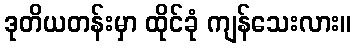
ဒုတိယတန်းမှာ ထိုင်ခုံ ကျန်သေးလား။